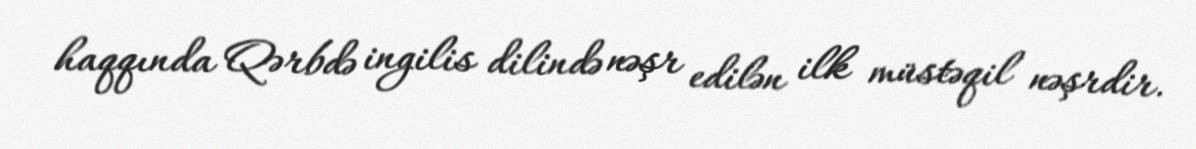
haqqında Qərbdə ingilis dilində nəşr edilən ilk müstəqil nəşrdir.